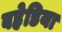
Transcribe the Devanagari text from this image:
बहेडिया